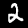
Label: 2